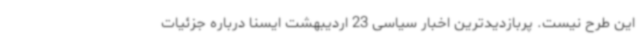
این طرح نیست. پربازدیدترین اخبار سیاسی 23 اردیبهشت ایسنا درباره جزئیات